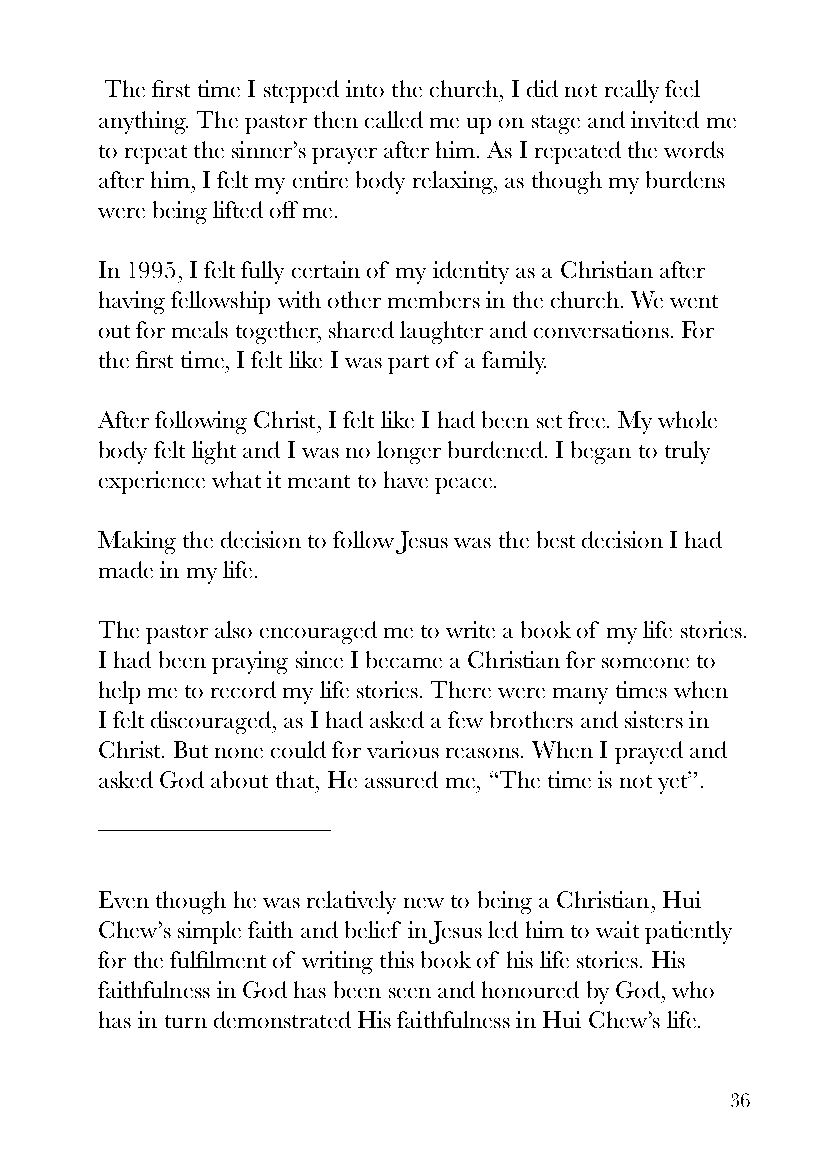
The first time I stepped into the church, I did not really feel
 anything. The pastor then called me up on stage and invited me
 to repeat the sinner’s prayer after him. As I repeated the words
 after him, I felt my entire body relaxing, as though my burdens
 were being lifted off me.
 In 1995, I felt fully certain of my identity as a Christian after
 having fellowship with other members in the church. We went
 out for meals together, shared laughter and conversations. For
 the first time, I felt like I was part of a family.
 After following Christ, I felt like I had been set free. My whole
 body felt light and I was no longer burdened. I began to truly
 experience what it meant to have peace.
 Making the decision to follow Jesus was the best decision I had
 made in my life.
 The pastor also encouraged me to write a book of my life stories.
 I had been praying since I became a Christian for someone to
 help me to record my life stories. There were many times when
 I felt discouraged, as I had asked a few brothers and sisters in
 Christ. But none could for various reasons. When I prayed and
 asked God about that, He assured me, “The time is not yet”.
 Even though he was relatively new to being a Christian, Hui
 Chew’s simple faith and belief in Jesus led him to wait patiently
 for the fulfilment of writing this book of his life stories. His
 faithfulness in God has been seen and honoured by God, who
 has in turn demonstrated His faithfulness in Hui Chew’s life.
 36